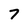
Character: 7